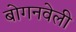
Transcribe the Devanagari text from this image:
बोगनवेली